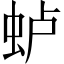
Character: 𫊮